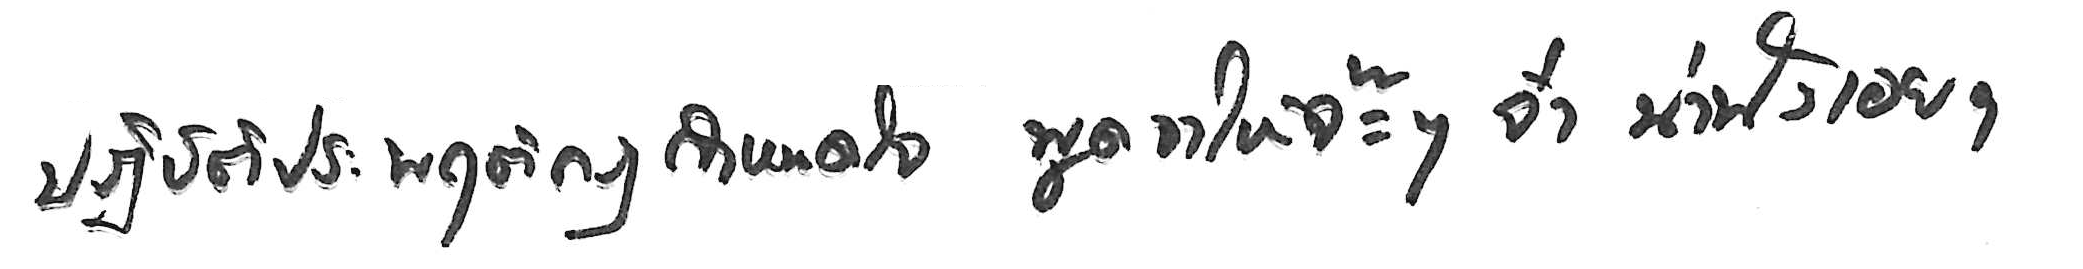
ปฏิบัติประพฤติกฎกำหนดใจ พูดจาให้จ๊ะๆ จ๋า น่าฟังเอยฯ